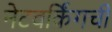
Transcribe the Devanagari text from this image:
नेटवर्किंगची